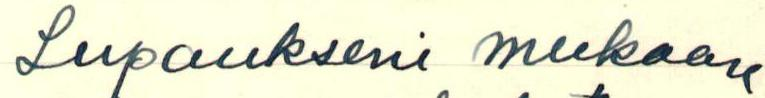
Lupaukseni mukaan